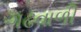
ગઢવાળી